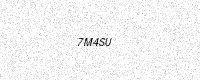
Text: 7M4SU